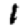
Digit: 1